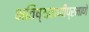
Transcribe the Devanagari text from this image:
भविष्यवाणीप्रमाणे